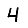
Digit: 4